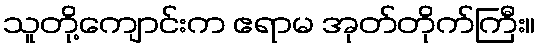
သူတို့ကျောင်းက ဧရာမ အုတ်တိုက်ကြီး။